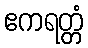
ဧကရတ္တံ